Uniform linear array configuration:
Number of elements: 32
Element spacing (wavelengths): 0.25
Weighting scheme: hamming
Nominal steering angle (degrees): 0
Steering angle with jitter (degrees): -1.337
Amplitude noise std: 0.05
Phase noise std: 0.05

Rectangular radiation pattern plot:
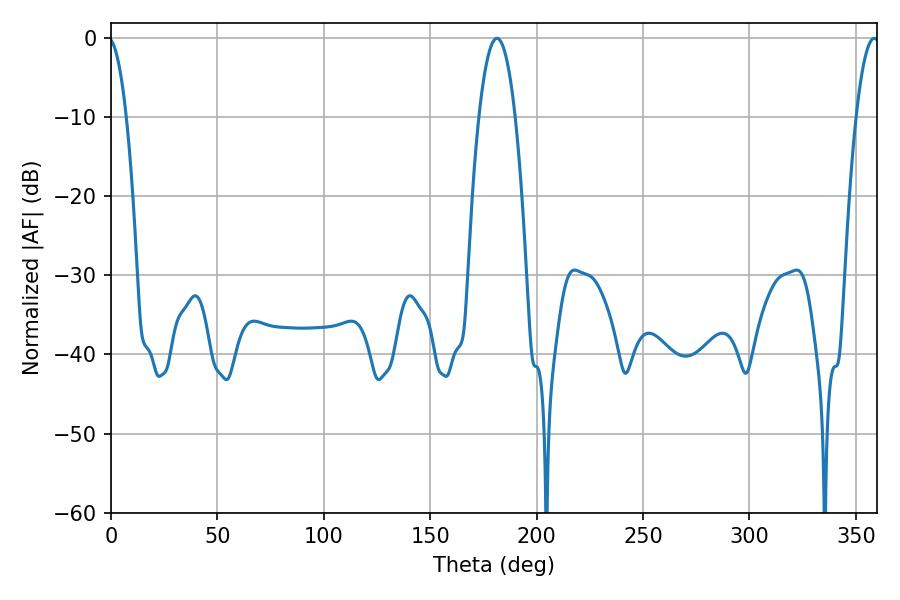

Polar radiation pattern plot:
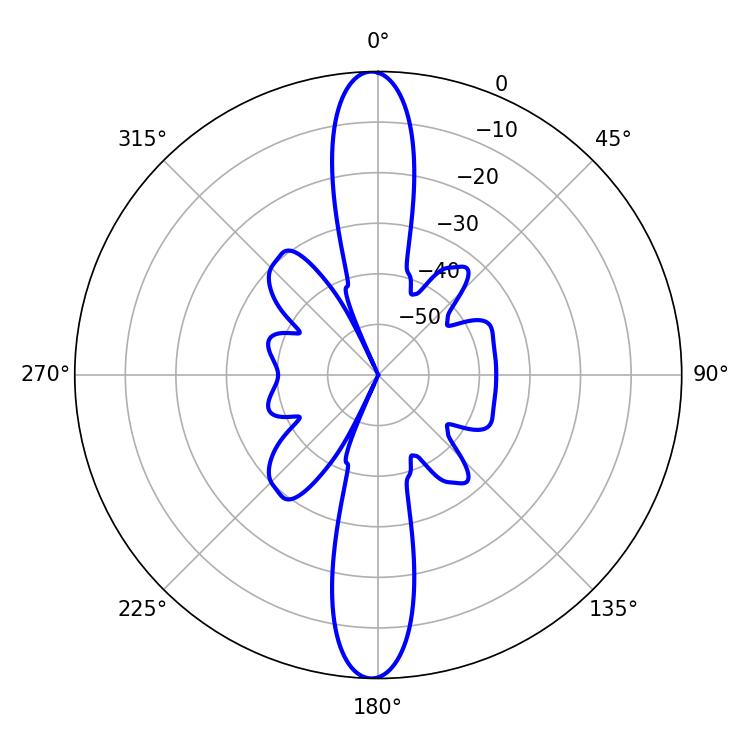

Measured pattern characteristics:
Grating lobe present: FALSE
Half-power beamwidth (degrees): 6.12
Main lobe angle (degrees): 358.56